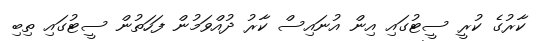
ކާރުގެ ކުރީ ސީޓުގައި އިން އުނައިސް ކާރު ދުއްވަމުން ފަހަތުން ސީޓުގައި ތިބި